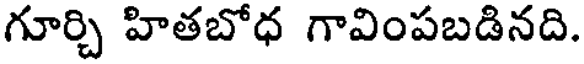
గూర్చి హితబోధ గావింపబడినది.